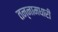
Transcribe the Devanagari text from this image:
तन्नामधारी